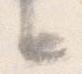
と